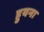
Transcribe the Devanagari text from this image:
हुयना